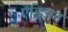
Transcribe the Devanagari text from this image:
ऍड्रिअन